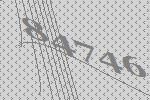
84746